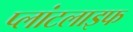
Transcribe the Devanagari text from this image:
प्लांटलाइफ